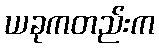
ယခုကတည်းက